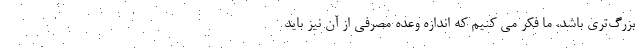
بزرگ‌تری باشد، ما فکر می کنیم که اندازه وعده مصرفی از آن نیز باید